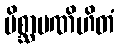
မိစ္ဆာပဏိဟိတံ